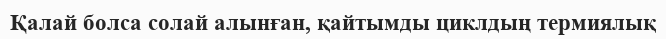
Қалай болса солай алынған, қайтымды циклдың термиялық